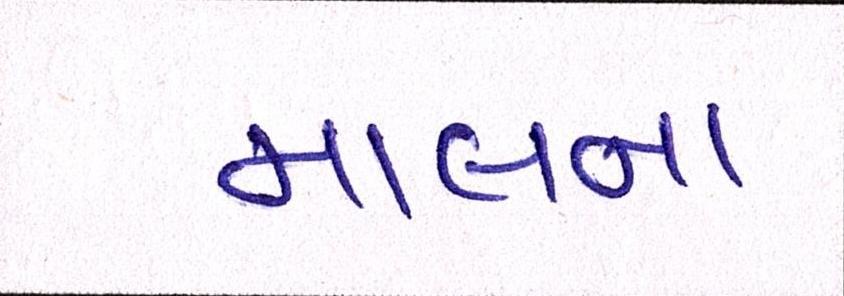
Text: માલના